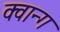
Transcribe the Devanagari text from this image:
क्वान्ग